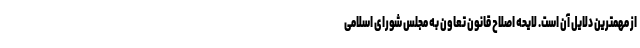
از مهمترین دلایل آن است. لایحه اصلاح قانون تعاون به مجلس شورای اسلامی